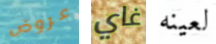
عروض غاي لعينه